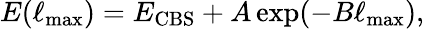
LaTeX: E(\ell_{\mathrm{max}})=E_{\mathrm{CBS}}+A\exp(-B\ell_{\mathrm{max}}),